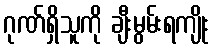
ဂုဏ်ရှိသူကို ချီးမွမ်းရကျိုး